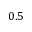
0 . 5